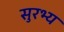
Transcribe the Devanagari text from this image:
सुरभ्य